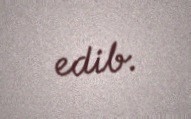
edib.